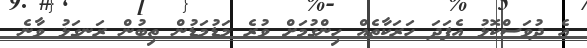
އެ ދުވަސްކޮޅު އެފަދަ ހަރަކާތެއް ހިންގުމަށް ވުރެ މަޑުމަޑުން ތިބުން ރަނގަޅު ވާނެ